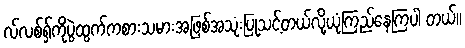
လ်လစ်ရှ်ကိုပွဲထွက်ကစားသမားအဖြစ်အသုံးပြုသင့်တယ်လို့ယုံကြည်နေကြပါ တယ်။